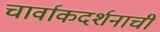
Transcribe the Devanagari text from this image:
चार्वाकदर्शनाची